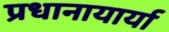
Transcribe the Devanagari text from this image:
प्रधानायार्या